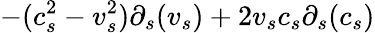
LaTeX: -(c_{s}^{2}-v_{s}^{2})\partial_{s}(v_{s})+2v_{s}c_{s}\partial_{s}(c_{s})